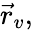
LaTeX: {\vec{r}}_{v},